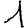
Digit: 1